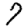
Digit: 7